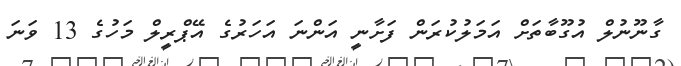
ގާނޫނުލް އުގޫބާތަށް އަމަލުކުރަން ފަށާނީ އަންނަ އަހަރުގެ އޭޕްރީލް މަހުގެ 13 ވަނަ